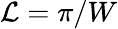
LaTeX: \mathcal{L}=\pi/W